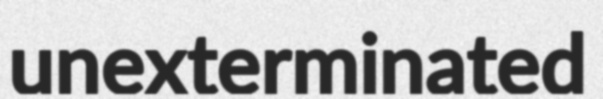
unexterminated